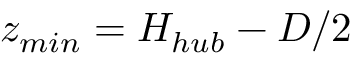
z _ { m i n } = H _ { h u b } - D / 2